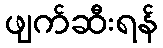
ဖျက်ဆီးရန်